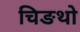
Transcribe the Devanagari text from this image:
चिङथो